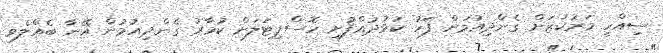
ސިއްހީ މަރުކަޒަށް ގެންދިއުމަށް ފަހު ކުޅުދުއްފުށި ހޮސްޕިޓަލަށް ކުމާރު ގެންދިއުމުން އޭނާ ބެއްލެވި